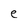
Character: e